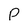
Character: P